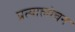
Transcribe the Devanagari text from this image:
प्रत्यालोचन